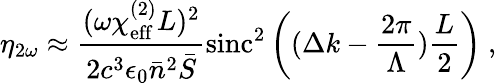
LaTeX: \eta_{2\omega}\approx\frac{(\omega\chi_{\mathrm{eff}}^{(2)}L)^{2}}{2c^{3}\epsilon_{0}\bar{n}^{2}\bar{S}}{\mathrm{sinc}^{2}\left((\Delta k-\frac{2\pi}{\Lambda}){\frac{L}{2}}\right)}~,